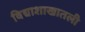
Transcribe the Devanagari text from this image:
विद्याशाखातली